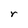
Character: r